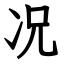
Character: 况